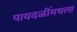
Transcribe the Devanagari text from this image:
पायदळींमधला